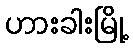
ဟားခါးမြို့